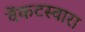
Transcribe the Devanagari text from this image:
वेंकटस्वारा